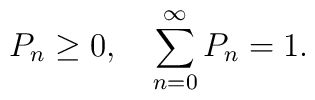
P_n\ge0, \quad \sum_{n=0}^\infty P_n=1.